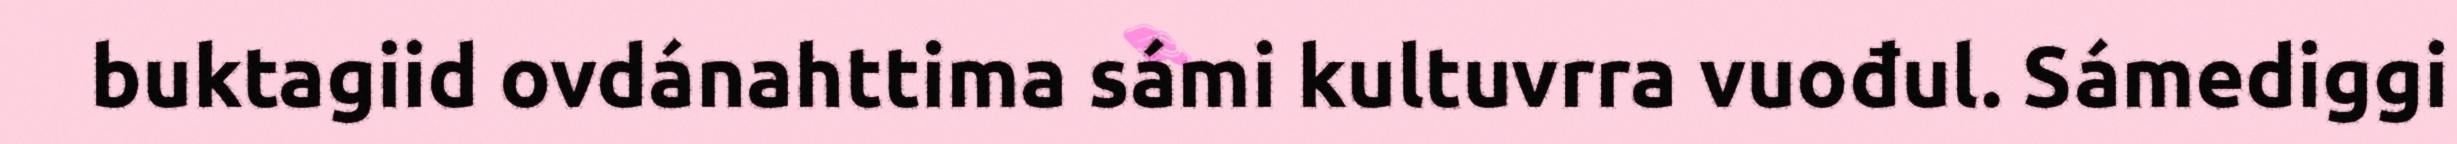
buktagiid ovdánahttima sámi kultuvrra vuođul. Sámediggi